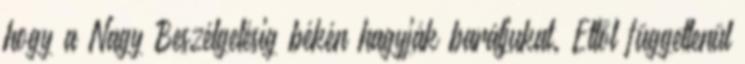
hogy a Nagy Beszélgetésig békén hagyják barátjukat. Ettől függetlenül